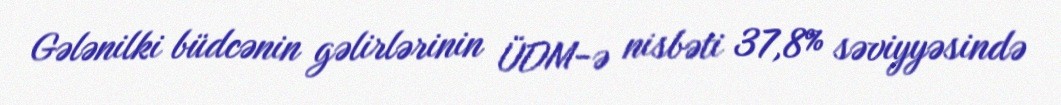
Gələnilki büdcənin gəlirlərinin ÜDM-ə nisbəti 37,8% səviyyəsində